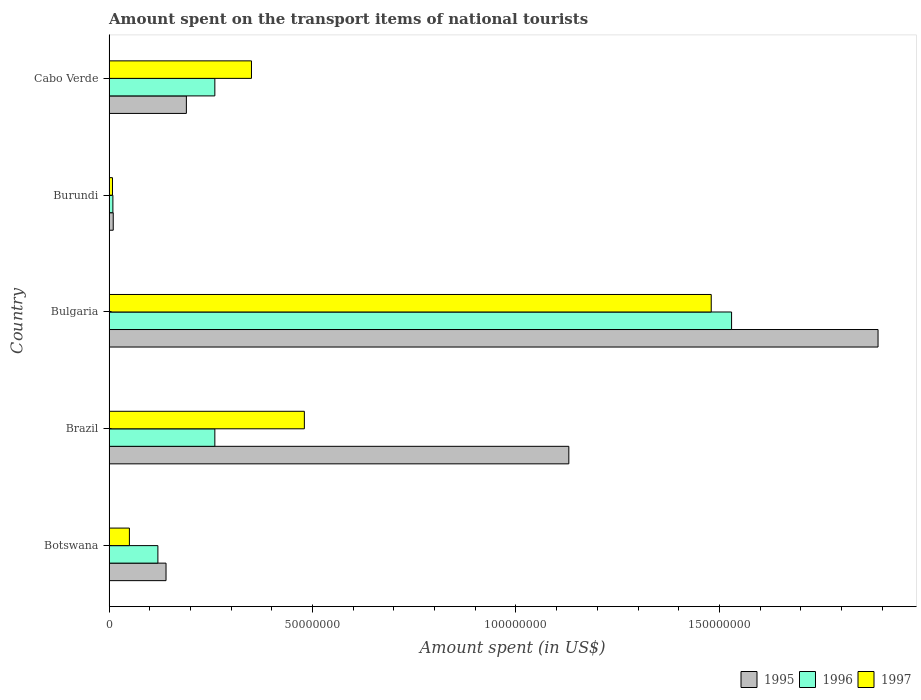
| Country | 1995 | 1996 | 1997 |
 | --- | --- | --- | --- |
 | Botswana | 1.4e+07 | 1.2e+07 | 5e+06 |
 | Brazil | 1.13e+08 | 2.6e+07 | 4.8e+07 |
 | Bulgaria | 1.89e+08 | 1.53e+08 | 1.48e+08 |
 | Burundi | 1.02e+06 | 9.41e+05 | 8.4e+05 |
 | Cabo Verde | 1.9e+07 | 2.6e+07 | 3.5e+07 |